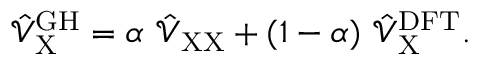
\hat { \mathcal { V } } _ { \mathrm { X } } ^ { \mathrm { G H } } = \alpha \ \hat { \mathcal { V } } _ { \mathrm { X X } } + ( 1 - \alpha ) \ \hat { \mathcal { V } } _ { \mathrm { X } } ^ { \mathrm { D F T } } .